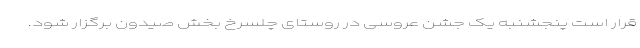
قرار است پنجشنبه یک جشن عروسی در روستای چلسرخ بخش صیدون برگزار شود.